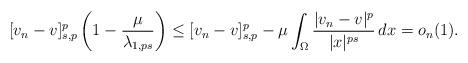
LaTeX: \begin{align*}[v_n-v]_{s,p}^p\left(1-\frac{\mu}{\lambda_{1, ps}}\right)\leq [v_n-v]_{s,p}^p-\mu\int_\Omega\frac{|v_n-v|^p}{|x|^{ps}}\, dx =o_n(1).\end{align*}